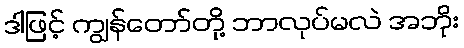
ဒါဖြင့် ကျွန်တော်တို့ ဘာလုပ်မလဲ အဘိုး